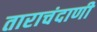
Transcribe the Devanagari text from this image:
ताराचंदाणी